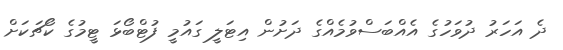
ދެ އަހަރު ދުވަހުގެ އެއްބަސްވުމެއްގެ ދަށުން އިޓަލީ ގައުމީ ފުޓްބޯޅަ ޓީމުގެ ކޯޗަކަށް